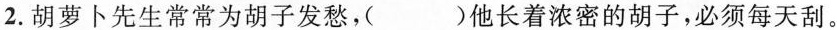
2.胡萝卜先生常常为胡子发愁，（）他长着浓密的胡子，必须每天刮。